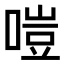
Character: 𠹛